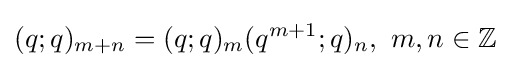
(q;q)_{m+n}=(q;q)_{m}(q^{m+1};q)_{n},\ m,n\in \mathbb {Z}